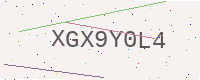
Text: XGX9Y0L4